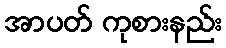
အာပတ် ကုစားနည်း